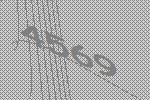
4569